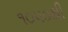
૧૦૫૦થી